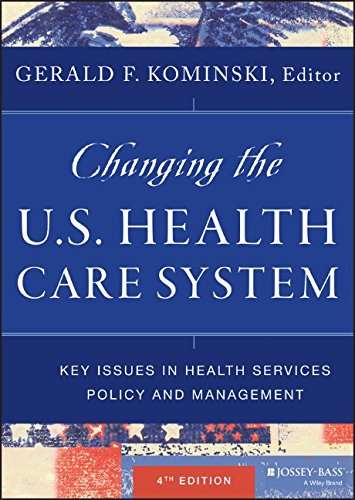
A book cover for Changing the U.S. Health Care System: Key Issues in Health Services Policy and Management; Gerald F. Kominski; Medical Books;